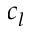
c _ { l }